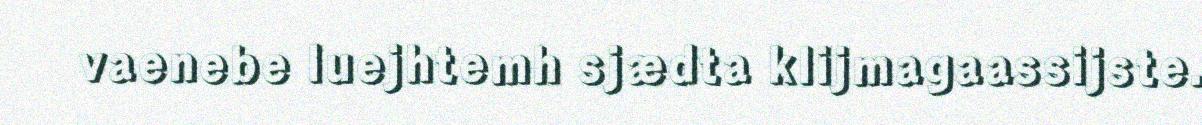
vaenebe luejhtemh sjædta klijmagaassijste.